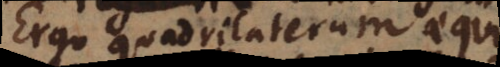
Ergo quadrilaterum esse